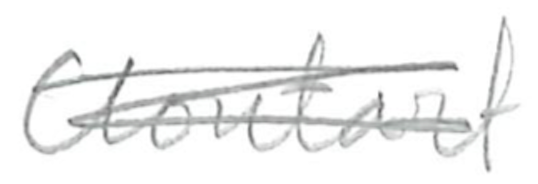
Text: Clontarf
Cross-out: scratch
Writing tool: pencil